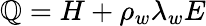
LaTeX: \mathbb{Q}=H+\rho_{w}\lambda_{w}E